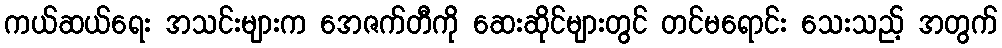
ကယ်ဆယ်ရေး အသင်းများက အေဇက်တီကို ဆေးဆိုင်များတွင် တင်မရောင်း သေးသည့် အတွက်